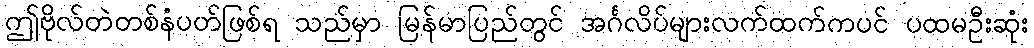
ဤဗိုလ်တဲတစ်နံပတ်ဖြစ်ရ သည်မှာ မြန်မာပြည်တွင် အင်္ဂလိပ်များလက်ထက်ကပင် ပထမဦးဆုံး